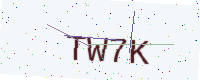
Text: TW7K